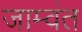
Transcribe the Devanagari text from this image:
जाम्वंत